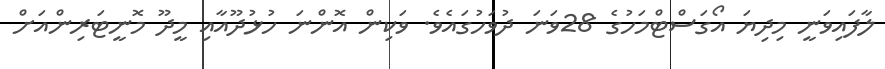
ލާފައިވަނީ މިދިޔަ އޯގަސްޓްމަހުގެ 28ވަނަ ދުވަހުގައެވެ. ވަކިން އޮންނަ ހުޅުދޫއާއި މީދޫ މޮނީޓަރިންއަށް